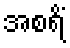
အစရိံ